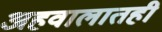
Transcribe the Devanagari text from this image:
अहवालातही